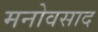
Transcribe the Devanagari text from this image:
मनोवसाद